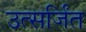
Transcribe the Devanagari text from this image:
उत्सर्जिंत